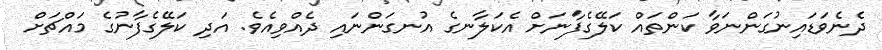
ދެނެވަޑައިނުގަންނަވާ ކަންތައް ކަލޭގެފާނަށް އެކަލާނގެ އުނގަންނައި ދެއްވިއެވެ. އަދި ކަލޭގެފާނުގެ މައްޗަށް